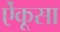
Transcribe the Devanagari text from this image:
ऐंकूसा